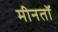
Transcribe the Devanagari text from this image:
मीनतॉ